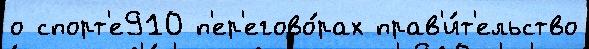
о спорт'е910 п'ер'егово́рах прав'и́т'ельство